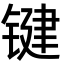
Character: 键